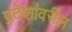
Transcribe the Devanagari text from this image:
प्रदेशांवरील